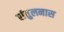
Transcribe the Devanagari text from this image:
संतुलनास